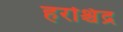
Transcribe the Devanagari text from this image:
हरश्चिंद्र